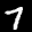
Label: 7